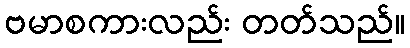
ဗမာစကားလည်း တတ်သည်။